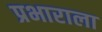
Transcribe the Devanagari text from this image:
प्रभाराला